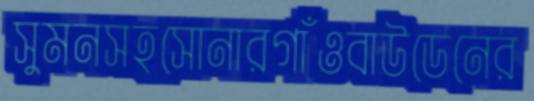
সুমনসহসোনারগাঁওবাউডেনের